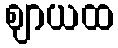
ဈာယထ